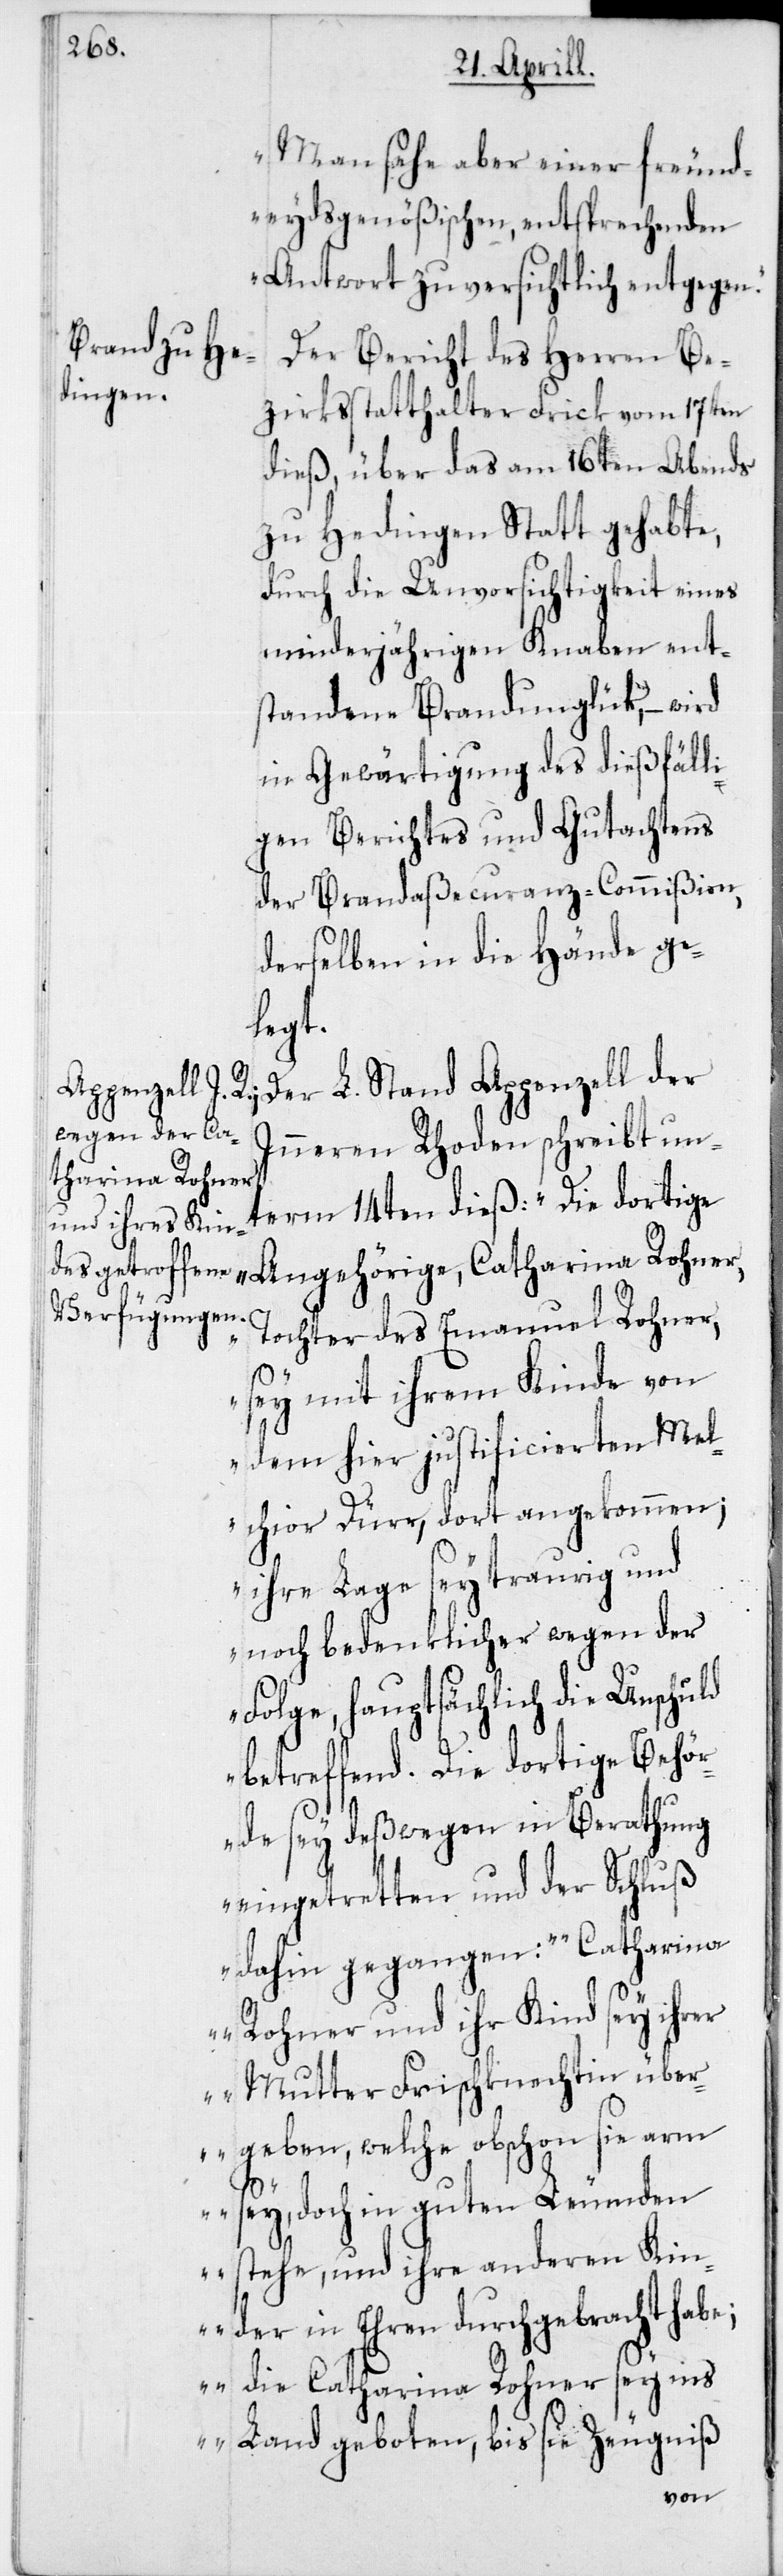
Man sehe aber einer freund¬
eydsgenößischen, entsprechenden
Antwort zuversichtlich entgegen.“
Der Bericht des Herren Be¬
zirksstatthalter Frick vom 17ten
dieß, über das am 16ten Abends
zu Hedingen stattgehabte,
durch die Unvorsichtigkeit eines
minderjährigen Knaben ent¬
standene Brandunglük, – wird
in Gewärtigung des dießfälli¬
gen Berichtes und Gutachtens
der Brandaßecuranz-Commißion,
derselben in die Hände ge¬
legt.
Der L. Stand Appenzell der
Inneren Rhoden schreibt un¬
term 14ten dieß: „Die dortige
Angehörige, Catharina Rohner,
Tochter des Emanuel Rohner,
sey mit ihrem Kinde von
dem hier justificierten Mel¬
chior Dürr, dort angekommen;
ihre Lage sey traurig und
noch bedenklicher wegen der
Folge, hauptsächlich die Unschuld
betreffend. Die dortige Behör¬
de sey deßwegen in Berathung
eingetretten und der Schluß
dahin gegangen: „Catharina
Rohner und ihr Kind sey ihrer
Mutter Frischknechtin über¬
geben, welche obschon sie arm
sey, doch in guten Leumden
stehe, und ihre anderen Kin¬
der in Ehren durchgebracht habe;
die Catharina Rohner sey ins
Land geboten, bis sie Zeugniß